Report of the Municipal Commissioner on the plague in Bombay for the year ending 31st May... - Volume 2
Disease focus: Plague
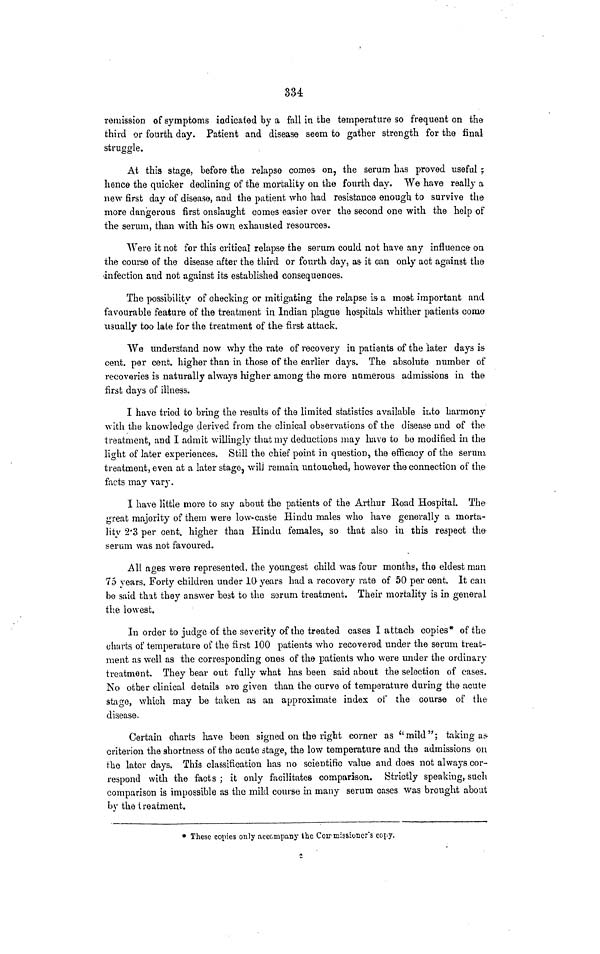
334
remission of symptoms indicated by a fall in the temperature so frequent on the
third or fourth day. Patient and disease seem to gather strength for the final
struggle.
At this stage, before the relapse comes on, the serum has proved useful ;
hence the quicker declining of the mortality on the fourth day. We have really a
new first day of disease, and the patient who had resistance enough to survive the
more dangerous first onslaught comes easier over the second one with the help of
the serum, than with his own exhausted resources.
Were it not for this critical relapse the serum could not have any influence on
the course of the disease after the third or fourth day, as it can only act against the
infection and not against its established consequences.
The possibility of checking or mitigating the relapse is a most important and
favourable feature of the treatment in Indian plague hospitals whither patients come
usually too late for the treatment of the first attack.
We understand now why the rate of recovery in patients of the later days is
cent. per cent. higher than in those of the earlier days. The absolute number of
recoveries is naturally always higher among the more numerous admissions in the
first days of illness.
I have tried to bring the results of the limited statistics available into harmony
with the knowledge derived from the clinical observations of the disease and of the
treatment, and I admit willingly that my deductions may have to be modified in the
light of later experiences. Still the chief point in question, the efficacy of the serum
treatment, even at a later stage, will remain untouched, however the connection of the
facts may vary.
I have little more to say about the patients of the Arthur Road Hospital. The
great majority of them were low-caste Hindu males who have generally a morta-
lity 2.3 per cent. higher than Hindu females, so that also in this respect the
serum was not favoured.
All ages were represented, the youngest child was four months, the eldest man
75 years. Forty children under 10 years had a recovery rate of 50 per cent. It can
be said that they answer best to the serum treatment. Their mortality is in general
the lowest.
In order to judge of the seventy of the treated cases I attach copies* of the
charts of temperature of the first 100 patients who recovered under the serum treat-
ment as well as the corresponding ones of the patients who were under the ordinary
treatment. They bear out fully what has been said about the selection of cases.
No other clinical details are given than the curve of temperature during the acute
stage, which may be taken as an approximate index of the course of the
disease.
Certain charts have been signed on the right corner as "mild"; taking as
criterion the shortness of the acute stage, the low temperature and the admissions on
the later days. This classification has no scientific value and does not always cor-
respond with the facts ; it only facilitates comparison. Strictly speaking, such
comparison is impossible as the mild course in many serum cases was brought about
by the treatment.
* These copies only accompany the Commissioner's copy.